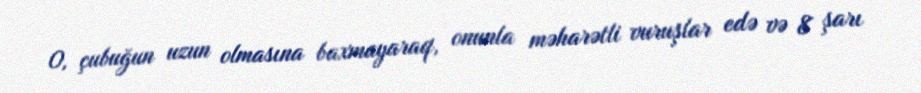
O, çubuğun uzun olmasına baxmayaraq, onunla məharətli vuruşlar edə və 8 şarı